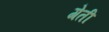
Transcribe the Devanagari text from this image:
गेती